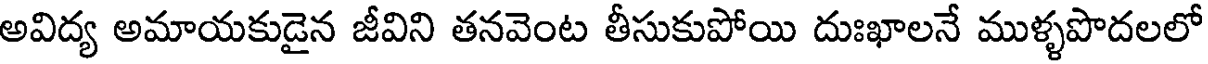
అవిద్య అమాయకుడైన జీవిని తనవెంట తీసుకుపోయి దుఃఖాలనే ముళ్ళపొదలలో